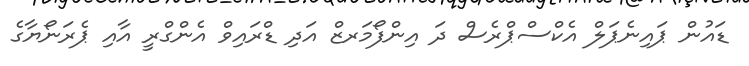
ޑައުން ޕައިނެޕަލް އެކްސްޕްރެސް ދަ އިންފޯމަރޒް އަދި ޑްރައިވް އެންގްރީ އާއި ޕެރަނޯޔާގެ